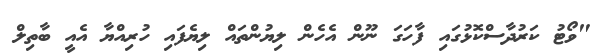
"ވޯޓު ކަރުދާސްކޮޅުގައި ފާހަގަ ނޫން އެހެން ލިޔުންތައް ލިޔެފައި ހުރިއްޔާ އެއީ ބާތިލް